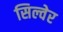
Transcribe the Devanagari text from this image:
सिल्वेर